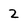
Character: 2